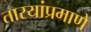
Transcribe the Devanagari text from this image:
तारयांप्रमाणे